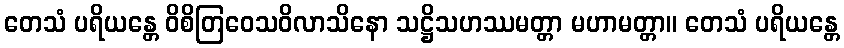
တေသံ ပရိယန္တေ ဝိစိတြဝေသဝိလာသိနော သဋ္ဌိသဟဿမတ္တာ မဟာမတ္တာ။ တေသံ ပရိယန္တေ